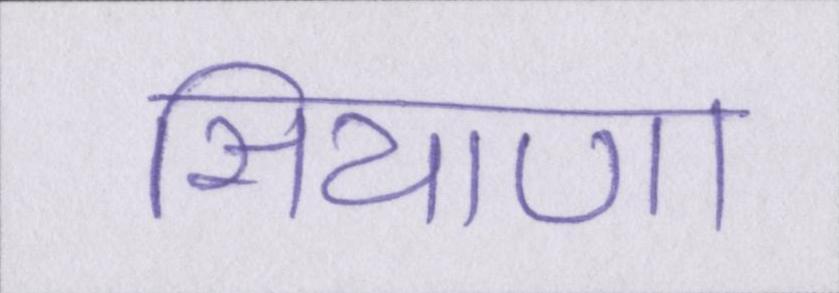
सियाणा